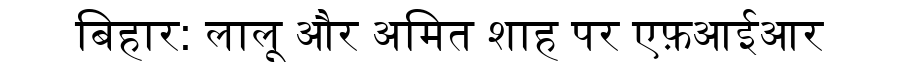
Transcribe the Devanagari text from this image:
बिहार: लालू और अमित शाह पर एफ़आईआर